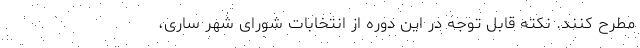
مطرح کنند. نکته قابل توجه در این دوره از انتخابات شورای شهر ساری،